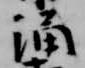
涌